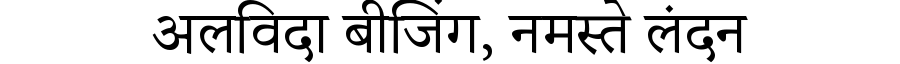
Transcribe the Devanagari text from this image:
अलविदा बीजिंग, नमस्ते लंदन